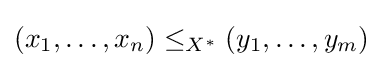
(x_{1},\ldots ,x_{n})\leq _{X^{*}}(y_{1},\ldots ,y_{m})